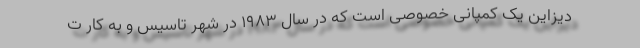
دیزاین یک کمپانی خصوصی است که در سال 1983 در شهر تاسیس و به کار ت